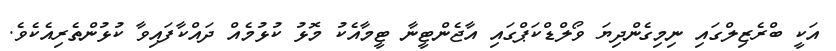
އަކީ ބްރެޒިލްގައި ނިމިގެންދިޔަ ވޯލްޑްކަޕްގައި އާޖެންޓީނާ ޓީމާއެކު މޮޅު ކުޅުމެއް ދައްކާފައިވާ ކުޅުންތެރިއެކެވެ.